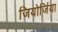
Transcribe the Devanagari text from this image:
जियोर्जिया